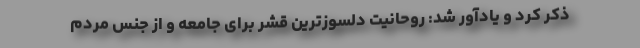
ذکر کرد و یادآور شد: روحانیت دلسوزترین قشر برای جامعه و از جنس مردم